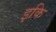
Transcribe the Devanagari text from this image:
इकि